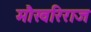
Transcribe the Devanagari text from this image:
मौखरिराज